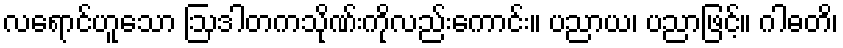
လရောင်ဟူသော ဩဒါတကသိုဏ်းကိုလည်းကောင်း။ ပညာယ၊ ပညာဖြင့်။ ဂါဓတိ၊